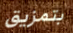
بتمزيق